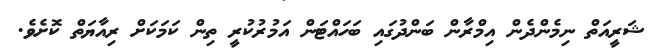
ޝަރީއަތް ނިމެންދެން އިމްރާން ބަންދުގައި ބަހައްޓަން އަމުރުކުރީ ތިން ކަމަކަށް ރިއާޔަތް ކޮށެވެ.